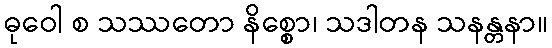
ဓုဝေါ စ သဿတော နိစ္စော၊ သဒါတန သနန္တနာ။